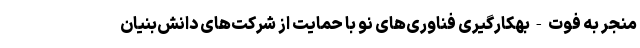
منجر به فوت - بهکارگیری فناوری‌های نو با حمایت از شرکت‌های دانش‌بنیان